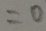
= 0